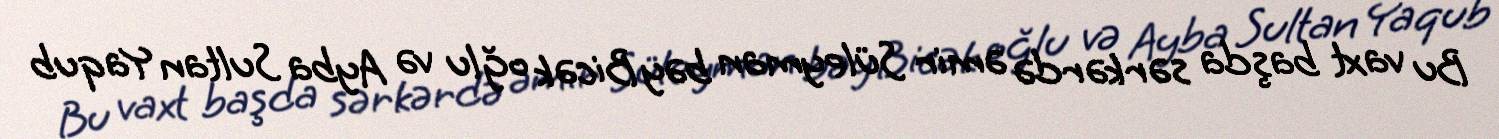
Bu vaxt başda sərkərdə əmir Süleyman bəy Bicək oğlu və Ayba Sultan Yaqub